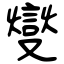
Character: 燮